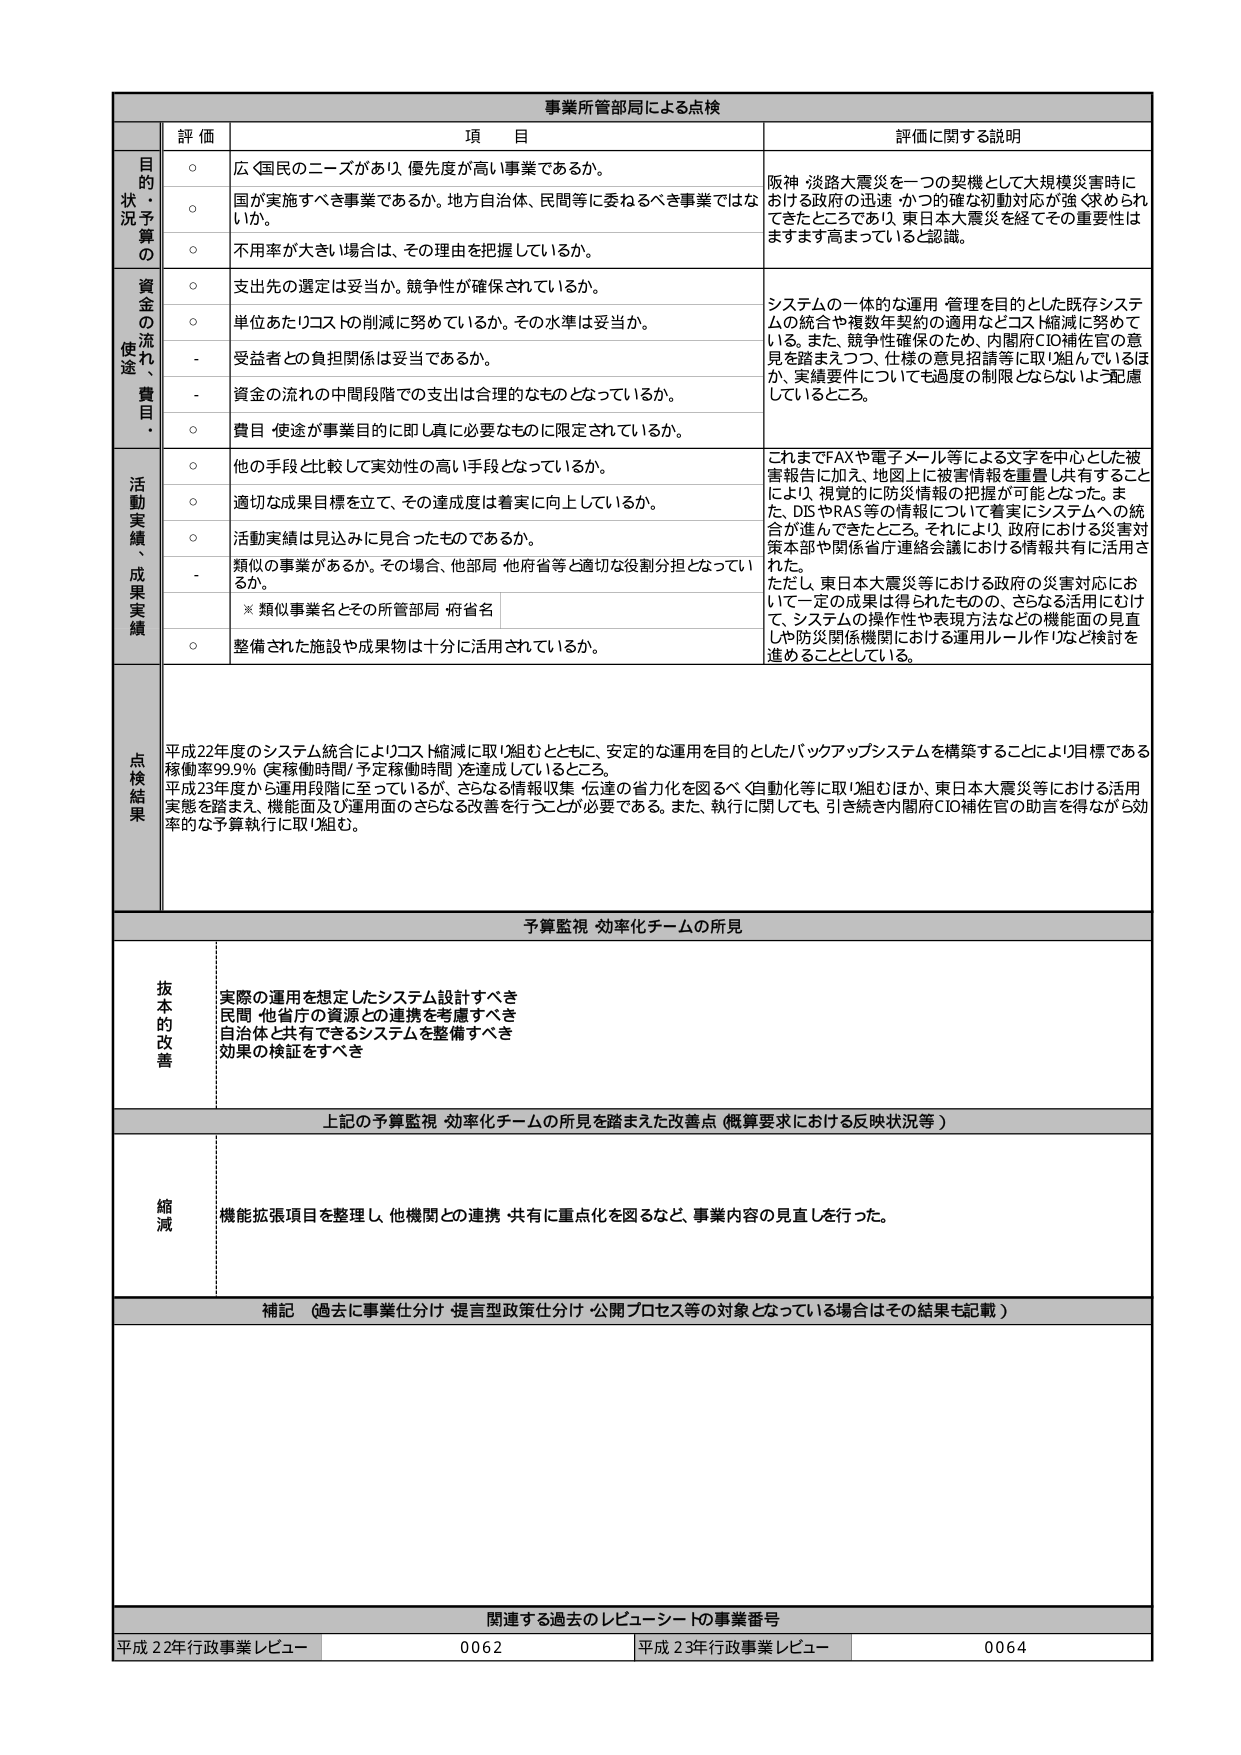
事業所管部局による点検

評価 項目 評価に関する説明

目的・状況・予算の
○ 広く国民のニーズがあり、優先度が高い事業であるか。
○ 国が実施すべき事業であるか。地方自治体、民間等に委ねるべき事業ではないか。
○ 不用率が大きい場合は、その理由を把握しているか。
阪神・淡路大震災を一つの契機として大規模災害時における政府の迅速かつ的確な初動対応が強く求められてきたところであり、東日本大震災を経てその重要性はますます高まっていると認識。

資金の流れ、使途、費目・
○ 支出先の選定は妥当か。競争性が確保されているか。
○ 単位あたりコストの削減に努めているか。その水準は妥当か。
- 受益者との負担関係は妥当であるか。
- 資金の流れの中間段階での支出は合理的なものとなっているか。
○ 費目・使途が事業目的に即し真に必要なものに限定されているか。
システムの一体的な運用・管理を目的とした既存システムの統合や複数年契約の適用などコスト縮減に努めている。また、競争性確保のため、内閣府CIO補佐官の意見を踏まえつつ、仕様の意見招請等に取り組んでいるほか、実績要件についても過度の制限とならないよう配慮しているところ。

活動実績、成果実績
○ 他の手段と比較して実効性の高い手段となっているか。
○ 適切な成果目標を立て、その達成度は着実に向上しているか。
○ 活動実績は見込みに見合ったものであるか。
- 類似の事業があるか。その場合、他部局・他府省等と適切な役割分担となっているか。
※類似事業名とその所管部局・府省名
○ 整備された施設や成果物は十分に活用されているか。
これまでFAXや電子メール等による文字を中心とした被害報告に加え、地図上に被害情報を重畳し共有することにより、視覚的に防災情報の把握が可能となった。また、DISやRAS等の情報について着実にシステムへの統合が進んできたところ。それにより、政府における災害対策本部や関係省庁連絡会議における情報共有に活用された。
ただし、東日本大震災等における政府の災害対応において一定の成果は得られたものの、さらなる活用にむけて、システムの操作性や表現方法などの機能面の見直しや防災関係機関における運用ルール作りなど検討を進めることとしている。

点検結果
平成22年度のシステム統合によりコスト縮減に取り組むとともに、安定的な運用を目的としたバックアップシステムを構築することにより目標である稼働率99.9％（実稼働時間／予定稼働時間）を達成しているところ。
平成23年度から運用段階に至っているが、さらなる情報収集・伝達の省力化を図るべく自動化等に取り組むほか、東日本大震災等における活用実態を踏まえ、機能面及び運用面のさらなる改善を行うことが必要である。また、執行に関しても、引き続き内閣府CIO補佐官の助言を得ながら効率的な予算執行に取り組む。

予算監視・効率化チームの所見

抜本的改善
実際の運用を想定したシステム設計すべき
民間・他省庁の資源との連携を考慮すべき
自治体と共有できるシステムを整備すべき
効果の検証をすべき

上記の予算監視・効率化チームの所見を踏まえた改善点（概算要求における反映状況等）

縮減
機能拡張項目を整理し、他機関との連携・共有に重点化を図るなど、事業内容の見直しを行った。

補記（過去に事業仕分け・提言型政策仕分け・公開プロセス等の対象となっている場合はその結果も記載）

関連する過去のレビュー・シートの事業番号
平成22年行政事業レビュー 0062 平成23年行政事業レビュー 0064